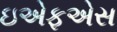
ઇએફએસ